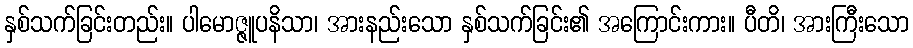
နှစ်သက်ခြင်းတည်း။ ပါမောဇ္ဇူပနိသာ၊ အားနည်းသော နှစ်သက်ခြင်း၏ အကြောင်းကား။ ပီတိ၊ အားကြီးသော